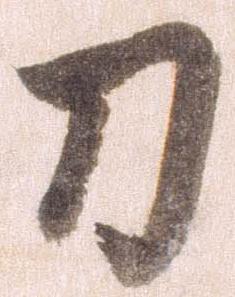
刀